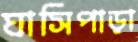
ঘাসিপাড়া